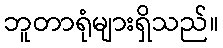
ဘူတာရုံများရှိသည်။